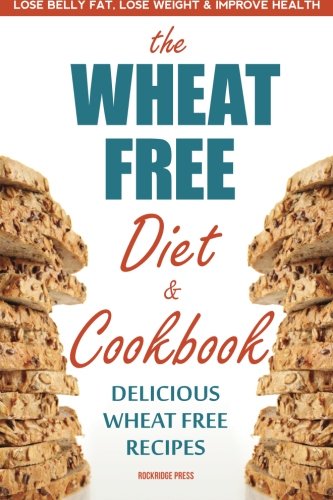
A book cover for Wheat Free Diet & Cookbook: Lose Belly Fat, Lose Weight, and Improve Health with Delicious Wheat Free Recipes; Rockridge Press; Health, Fitness & Dieting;